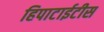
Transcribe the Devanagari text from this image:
हिपाटाईटीस